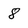
Character: 8